Lunatic asylums United Provinces 1899-1908 - 1899-1908
Year: 1899
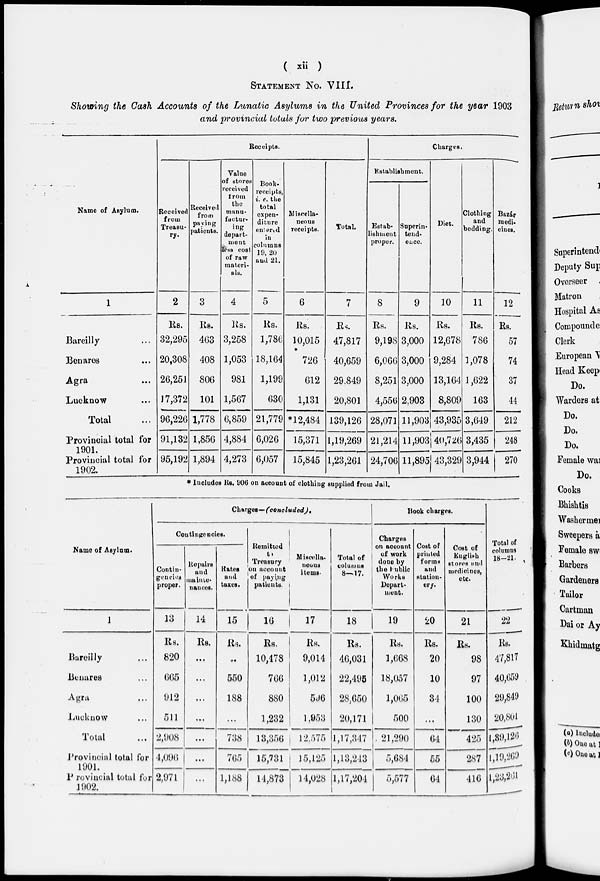
( xii )
STATEMENT NO. VIII.
Showing the Cash Accounts of the Lunatic Asylums in the United Provinces for the year 1903
and provincial totals for two previous years.
Name of Asylum.
1
Bareilly ...
Benares ...
Agra ...
Lucknow ...
Total ...
Provincial total for
1901.
Provincial total for
1902.
Receipts.
Received
from
Treasu-
ry.
2
Rs.
32,295
20,308
26,251
17,372
96,226
91,132
95,192
Received
from
paying
patients.
3
Rs.
463
408
806
101
1,778
1,856
1,894
Value
of stores
received
from
the
manu-
factur-
ing
depart-
ment
less cost
of raw
materi-
als.
4
Rs.
3,258
1,053
981
1,567
6,859
4,884
4,273
Book-
receipts,
i. e. the
total
expen-
diture
entered
in
columns
19, 20
and 21.
5
Rs.
1,786
18,164
1,199
630
21,779
6,026
6,057
Miscella-
neous
receipts.
6
Rs.
10,015
726
612
1,131
*12,484
15,371
15,845
Total.
7
Rs.
47,817
40,659
29,849
20,801
139,126
1,19,269
1,23,261
Charges.
Establishment.
Estab-
lishment
proper.
8
Rs.
9,198
6,066
8,251
4,556
28,071
21,214
24,706
Superin-
tend-
ence.
9
Rs.
3,000
3,000
3,000
2,903
11,903
11,903
11,895
Diet.
10
Rs.
12,678
9,284
13,164
8,809
43,935
40,726
43,329
Clothing
and
bedding.
11
Rs.
786
1,078
1,622
163
3,649
3,435
3,944
Bazár
modi-
cines.
12
Rs.
57
74
37
44
212
248
270
* Iucludes Rs. 906 on account of clothing supplied from Jail.
Name of Asylum.
1
Bareilly ...
Benares ...
Agra ...
Lucknow ...
Total ...
Provincial total for
1901.
Provincial total for
1902.
Charges—(concluded).
Contingencies.
Contin-
gencies
proper.
13
Rs.
820
665
912
511
2,908
4,096
2,971
Repairs
and
mainte-
nances.
14
Rs.
...
...
...
...
...
...
...
Rates
and
taxes.
15
Rs.
...
550
188
...
738
765
1,188
Remitted
to
Treasury
on account
of paying
patients.
16
Rs.
10,478
766
880
1,232
13,356
15,731
14,873
Miscella-
neous
items.
17
Rs.
9,014
1,012
596
1,953
12,575
15,125
14,028
Total of
columns
8—17.
18
Rs.
46,031
22,495
28,650
20,171
1,17,347
1,13,243
1,17,204
Book charges.
Charges
on account
of work
done by
the public
Works
Depart-
ment.
19
Rs.
1,668
18,057
1,065
500
21,290
5,684
5,577
Cost of
printed
forms
and
station-
ery.
20
Rs.
20
10
34
...
64
55
64
Cost of
English
stores and
medicines,
etc.
21
Rs.
98
97
100
130
425
287
416
Total of
columns
18—21.
22
Rs.
47,817
40,659
29,849
20,801
1,39,126
1,19,269
l,23,261